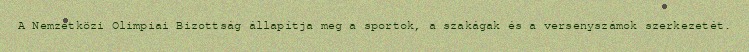
A Nemzetközi Olimpiai Bizottság állapítja meg a sportok, a szakágak és a versenyszámok szerkezetét.